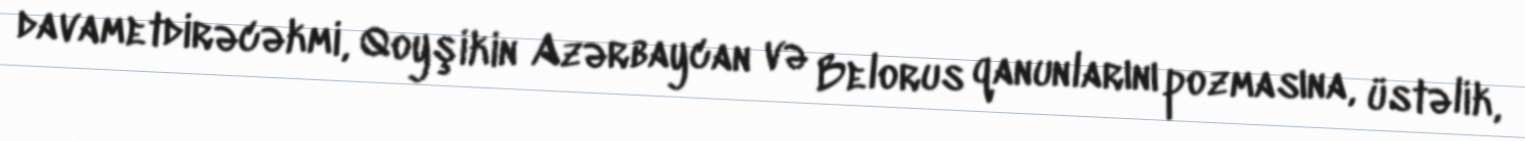
davametdirəcəkmi, Qoyşikin Azərbaycan və Belorus qanunlarını pozmasına, üstəlik,